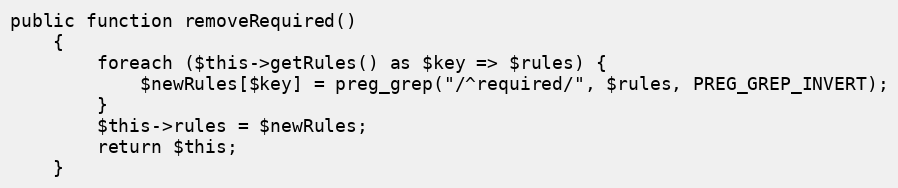
Language: PHP
public function removeRequired()
    {
        foreach ($this->getRules() as $key => $rules) {
            $newRules[$key] = preg_grep("/^required/", $rules, PREG_GREP_INVERT);
        }
        $this->rules = $newRules;
        return $this;
    }